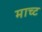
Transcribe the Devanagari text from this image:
माच्ट